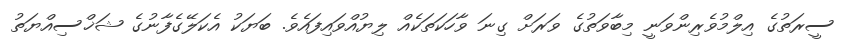
ސީރަތުގެ އިލްމުވެރިންވަނީ މިބާވަތުގެ ވަރަށް ގިނަ ވާހަކަތަކެއް ލިޔުއްވައިފައެވެ. ބަޔަކު އެކަލޭގެފާނުގެ ޝަޚްސިއްޔަތު